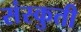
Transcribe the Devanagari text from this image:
संस्कुती